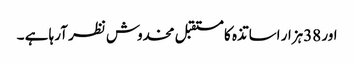
اور 38ہزار اساتذہ کا مستقبل مخدوش نظر آرہا ہے ۔